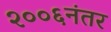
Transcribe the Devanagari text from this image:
२००६नंतर